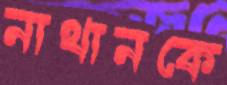
নাথানকে